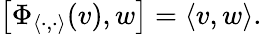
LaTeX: \left[\Phi_{\langle\cdot,\cdot\rangle}(v),w\right]=\langle v,w\rangle.